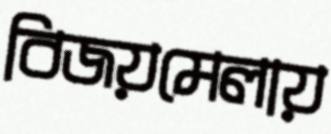
বিজয়মেলায়